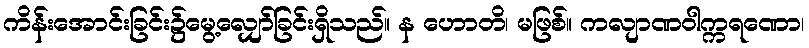
ကိန်းအောင်းခြင်း၌မွေ့လျှော်ခြင်းရှိသည်။ န ဟောတိ၊ မဖြစ်။ ကလျာဏဝါက္ကရဏော၊